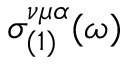
\sigma _ { ( 1 ) } ^ { \nu \mu \alpha } ( \omega )